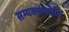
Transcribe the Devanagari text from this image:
सम्यक्सम्बोधि